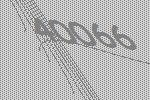
40066